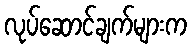
လုပ်ဆောင်ချက်များက